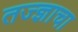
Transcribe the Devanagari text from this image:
तज्‍ज्ञाचा